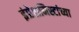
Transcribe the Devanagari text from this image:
इंप्रेशनिस्टांच्या